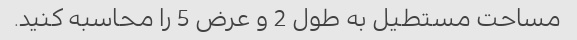
مساحت مستطیل به طول 2 و عرض 5 را محاسبه کنید.